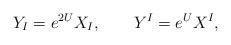
LaTeX: \begin{align*}Y_{I}=e^{2U}X_{I},\qquad Y^{I}=e^{U}X^{I},\end{align*}